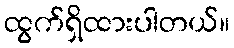
ထွက်ရှိထားပါတယ်။